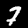
Digit: 7